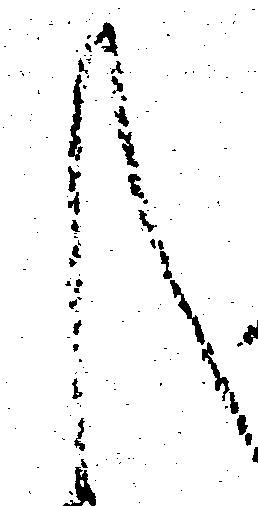
く